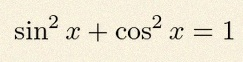
\sin^2x+\cos^2x=1